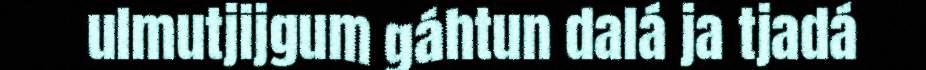
ulmutjijgum gáhtun dalá ja tjadá